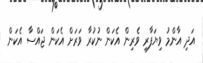
އަދި އާންމު ވިޔަފާރި ވެރިން އެކަން ނުކުރާ ވަރަށް އެކަން ޖައްސާ އެކަން